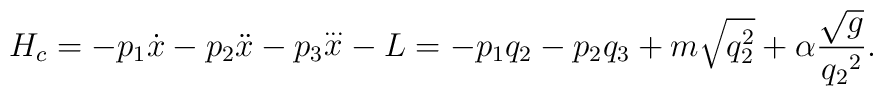
H_c=-p_1{\dot x}-p_2{\ddot x}-p_3{\stackrel{\ldots}{x}}-L=-p_1q_2-p_2q_3+m\sqrt{q_2^2}+\alpha\frac{\sqrt{g}}{{q_2}^2}.